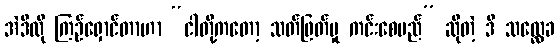
အဲဒီလို ကြဉ်ရှောင်တာဟာ “ငါတို့ကတော့ သတ်ဖြတ်မှု ကင်းစေမည်” ဆိုတဲ့ ဒီ သလ္လေခ